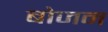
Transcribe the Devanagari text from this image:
बोजन